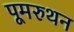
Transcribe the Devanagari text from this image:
पूमरुथन